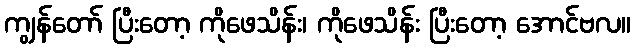
ကျွန်တော် ပြီးတော့ ကိုဖေသိန်း၊ ကိုဖေသိန်း ပြီးတော့ အောင်ဗလ။